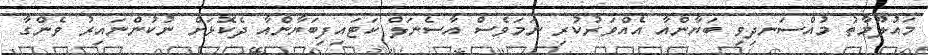
މައުލޫމާތު މުއްސަނދިވި ބަޔާންއާ އެއްވަރުކުރި ނަމަވެސް އާސެނަލް ކަޓައިފިބަޔާންއާ ދެކޮޅަށް ނުކުންނައިރު ވެންގާ